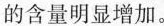
的含量明显增加。